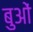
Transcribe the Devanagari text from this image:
बुओं